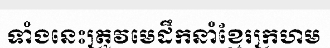
ទាំងនេះត្រូវមេដឹកនាំខ្មែរក្រហម